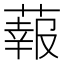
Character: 蕔